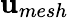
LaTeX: {\mathbf u}_{mesh}